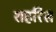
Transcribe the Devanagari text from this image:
शहरिस